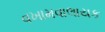
વખામવાલાયક